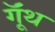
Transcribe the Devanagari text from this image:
गूॅंथ